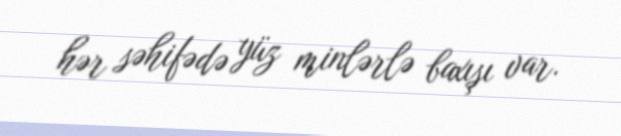
hər səhifədə yüz minlərlə baxışı var.